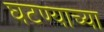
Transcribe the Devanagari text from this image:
घटण्याच्या